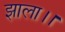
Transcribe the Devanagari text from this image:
झाला।।